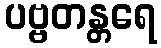
ပဗ္ဗတန္တရေ